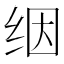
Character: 𬘡